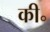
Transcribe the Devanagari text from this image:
की॰